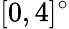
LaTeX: [0,4]^{\circ}